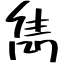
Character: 雋